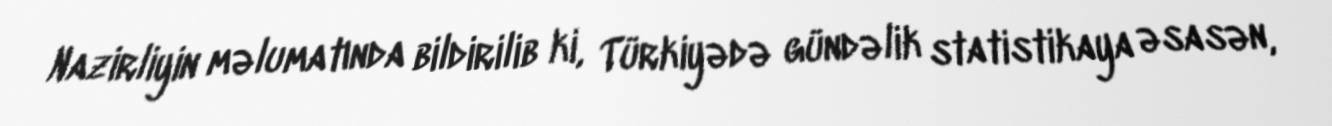
Nazirliyin məlumatında bildirilib ki, Türkiyədə gündəlik statistikaya əsasən,